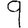
Digit: 9